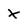
Character: X